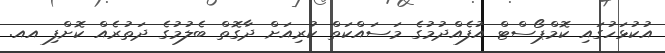
އުކުޅަހުގައި ކޮމްޕޯސްޓް އުފެއްދުމުގެ މަސައްކަތް ކުރިއަށް ދާގޮތް ބެލުމުގެ ދަތުރެއް ކޮށްފި އއ.